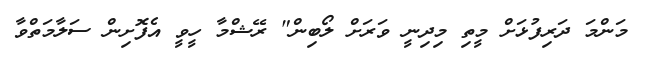
މަންމަ ދަރިފުޅަށް މީތި މިދިނީ ވަރަށް ލޯބިން" ރޭޝްމާ ހީވީ އެފޮށިން ސަލާމަތްވާ